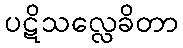
ပဋိသလ္လေခိတာ